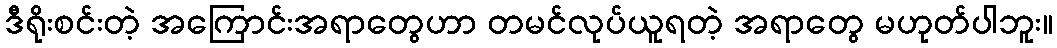
ဒီရိုးစင်းတဲ့ အကြောင်းအရာတွေဟာ တမင်လုပ်ယူရတဲ့ အရာတွေ မဟုတ်ပါဘူး။